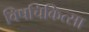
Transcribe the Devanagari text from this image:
विषचिकित्सा